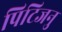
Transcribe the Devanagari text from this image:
पिटिजनु